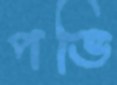
পভি